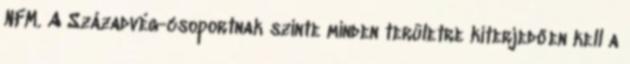
NFM. A Századvég-csoportnak szinte minden területre kiterjedően kell a